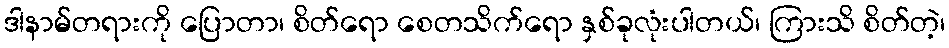
ဒါနာမ်တရားကို ပြောတာ၊ စိတ်ရော စေတသိက်ရော နှစ်ခုလုံးပါတယ်၊ ကြားသိ စိတ်တဲ့၊